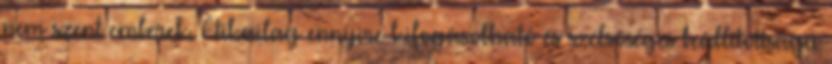
nem szent emberek. Etikailag ennyire kifogásolható és szélsőséges beállítottságú